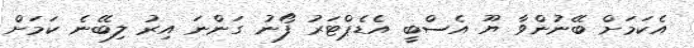
އެކަމަށް ބޭނުންވާ ޔޫ އެސްބީ އެޑެޕްޓަރު ފޯނު ގަންނަ އިރު ލިބޭނެ ކަމަށް